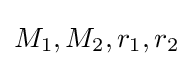
M_{1},M_{2},r_{1},r_{2}